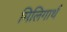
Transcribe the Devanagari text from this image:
मिलिगार्थ